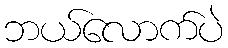
ဘယ်လောက်ပဲ